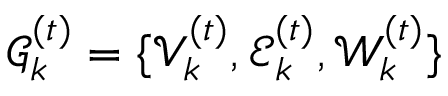
\mathcal { G } _ { k } ^ { ( t ) } = \{ \mathcal { V } _ { k } ^ { ( t ) } , \mathcal { E } _ { k } ^ { ( t ) } , \mathcal { W } _ { k } ^ { ( t ) } \}